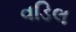
વડિલ